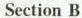
Section B